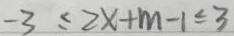
- 3 \leq 2 x + m - 1 \leq 3